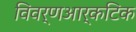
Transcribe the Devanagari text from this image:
विवर्णआर्कटिक